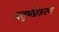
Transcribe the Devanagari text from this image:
चतुर्थप्रकरण